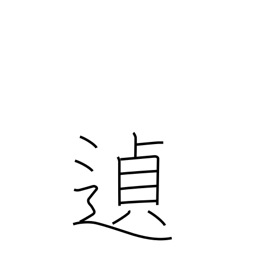
Meaning: as might be expected